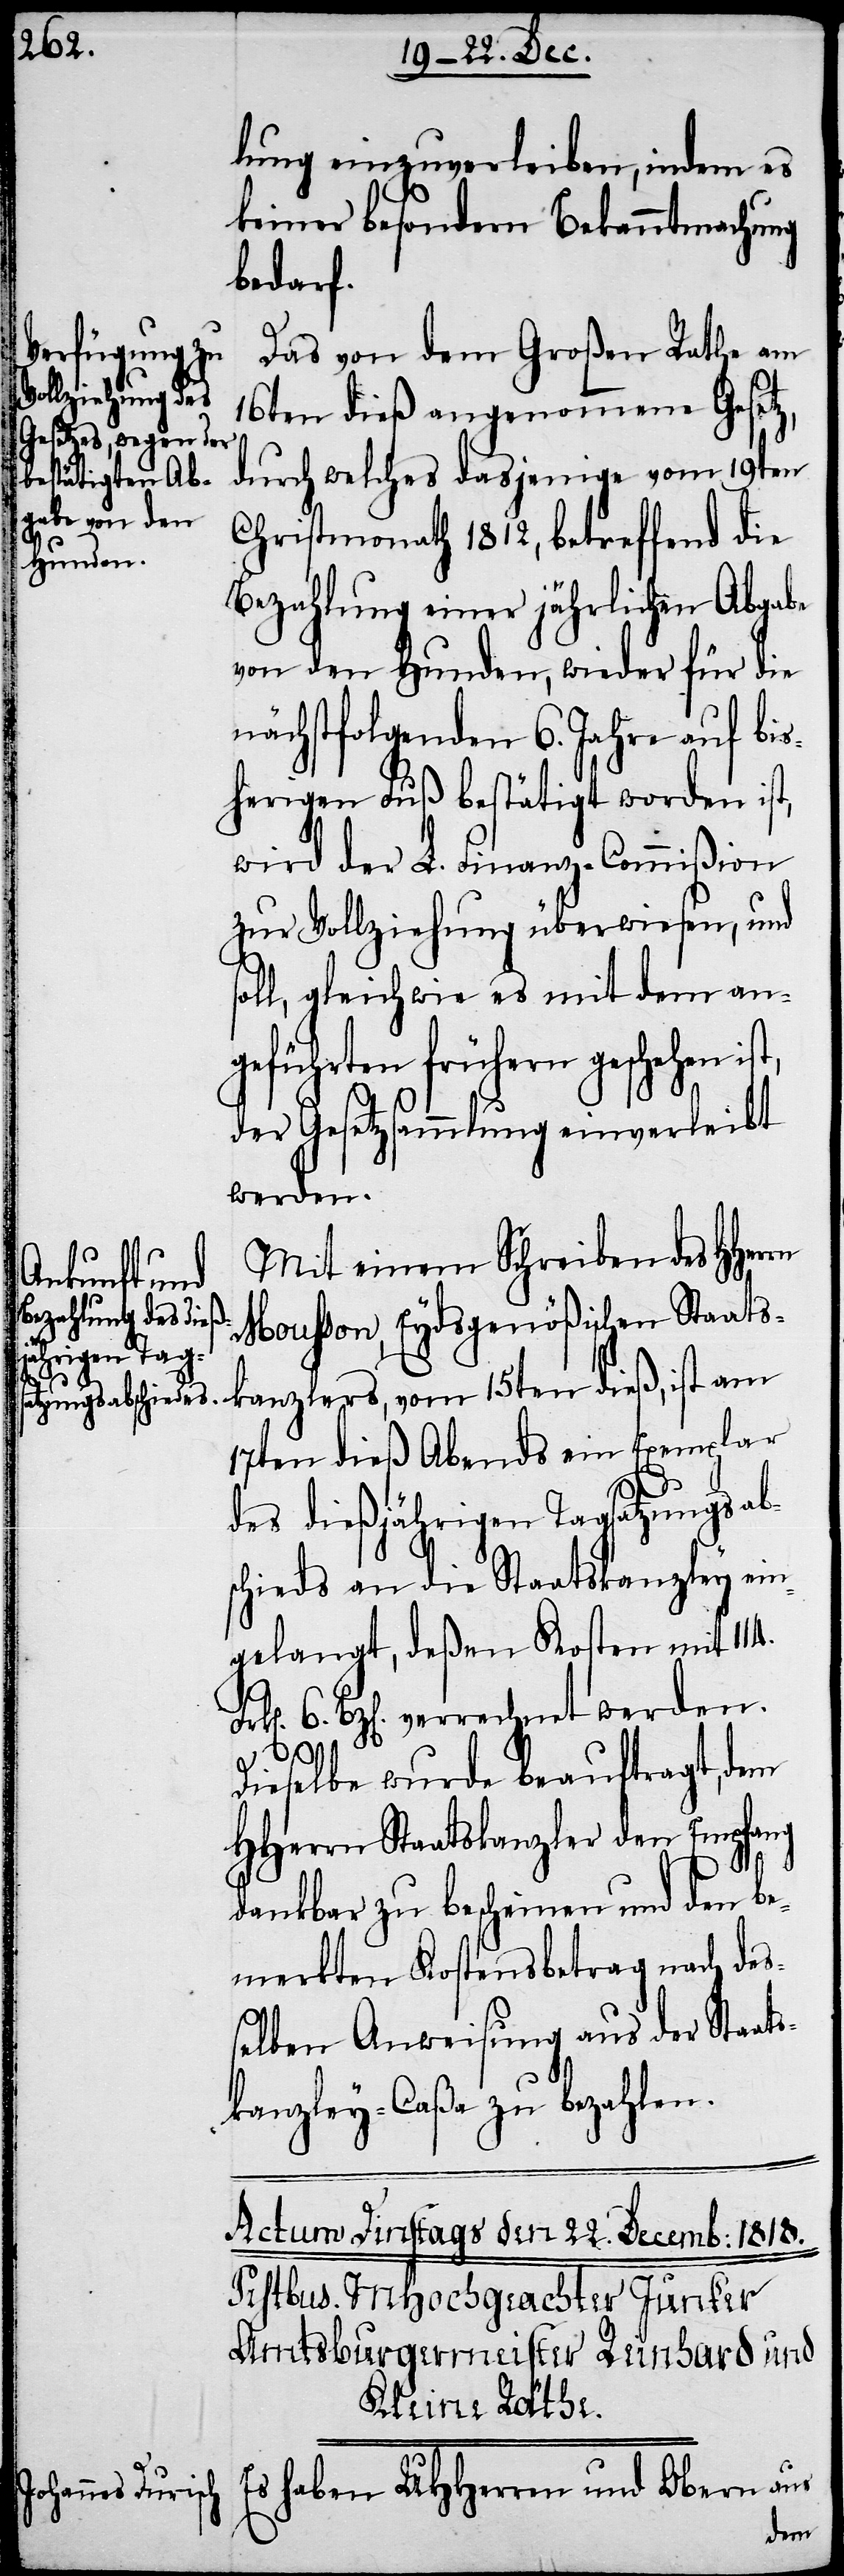
lung einzuverleiben, indem es
keiner besondern Bekanntmachung
bedarf.
Das von dem Großen Rathe am
16ten dieß angenommene Gesetz,
durch welches dasjenige vom 19ten
Christmonath 1812, betreffend die
Bezahlung einer jährlichen Abgabe
von den Hunden, wieder für die
nächstfolgenden 6. Jahre auf bis¬
herigen Fuß bestätigt worden ist,
wird der L. Finanz-Commißion
zur Vollziehung überwiesen, und
ll, gleich wie es mit dem an¬
geführten frühern geschehen
der Gesetzsammlung einverleibt
werden.
Mit einem Schreiben des HHer¬
rn Mousson, Eydsgenößischen Staats¬
kanzlers, vom 15ten dieß, ist am
17ten dieß Abends ein Exemplar
des dießjährigen Tagsatzungsabs¬
chieds an die Staatskanzley ein¬
gelangt, deßen Kosten mit 114.
6. Bz[en]. verrechnet werden.
so¬
Dieselbe wurde beauftragt, dem
HHerrn Staatskanzler den Empfang
dankbar zu bescheinen und den be¬
merkten Kostensbetrag nach des¬
selben Anweisung aus der Staats¬
kanzley-Caßa zu bezahlen.
haben UHHerren und Obern aus